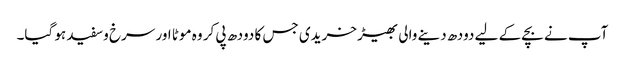
آپ نے بچے کے لیے دودھ دینے والی بھیڑ خریدی جس کا دودھ پی کر وہ موٹا اور سرخ وسفید ہو گیا۔